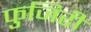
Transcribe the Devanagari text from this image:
फुजिरी